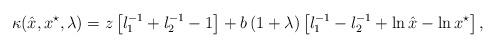
LaTeX: \begin{align*}\kappa(\hat{x},x^{\star},\lambda)=z\left[l_1^{-1}+l_2^{-1}-1\right]+b\left(1+\lambda\right)\left[l_1^{-1}-l_2^{-1}+\ln{\hat{x}}-\ln{x^\star}\right],\end{align*}